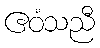
ဧဝံသညီ